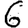
Digit: 6